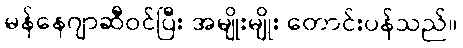
မန်နေဂျာဆီဝင်ပြီး အမျိုးမျိုး တောင်းပန်သည်။